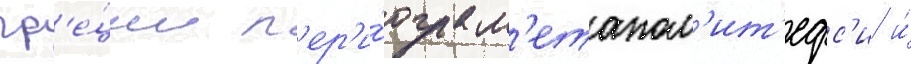
гр'е́ции п'ер'и́ода м'етапол'ит'ефс'и и́